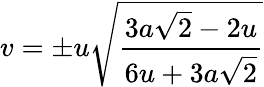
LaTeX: v=\pm u{\sqrt{\frac{3a{\sqrt{2}}-2u}{6u+3a{\sqrt{2}}}}}